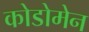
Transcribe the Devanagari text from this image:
कोडोमेन